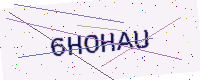
Text: 6HOHAU